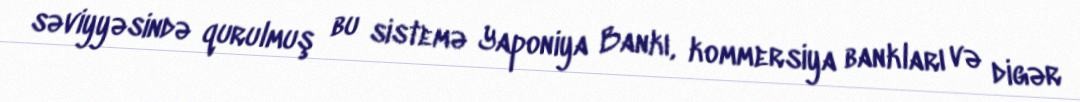
səviyyəsində qurulmuş bu sistemə Yaponiya Bankı, kommersiya bankları və digər